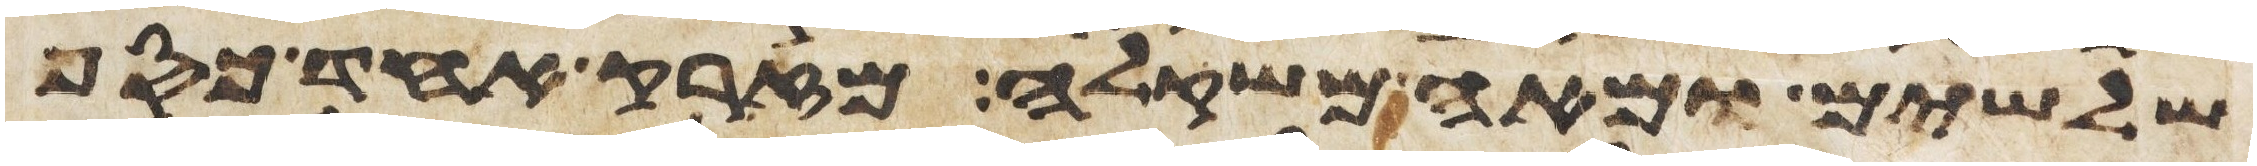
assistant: שלשים ומאה משקלה מזרק אחד כסף